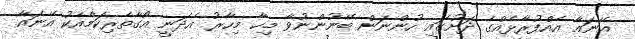
އޭނައާ އެއްފުރާޅެއްގެ ދަށުގައި ހުންނަން ބޭނުންނުވާ މިހާ މިހާރު އެދަނީ އޯގާތެރިކަމާއެކު އޭނައާ